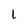
Character: 1